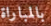
بالمباراة